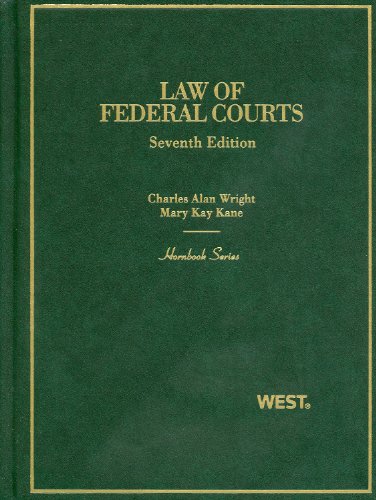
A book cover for Law of Federal Courts (Hornbook); Charles Wright; Law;